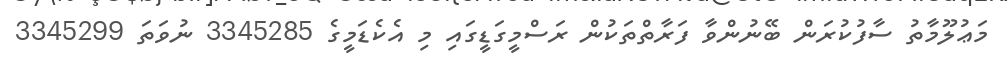
މަޢުލޫމާތު ސާފުކުރަން ބޭނުންވާ ފަރާތްތަކުން ރަސްމީގަޑީގައި މި އެކެޑަމީގެ 3345285 ނުވަތަ 3345299